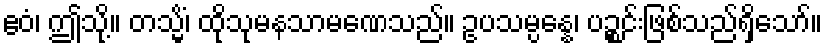
ဧဝံ၊ ဤသို့။ တသ္မိံ၊ ထိုသုမနသာမဏေသည်။ ဥပသမ္ပန္နေ၊ ပဉ္စင်းဖြစ်သည်ရှိသော်။